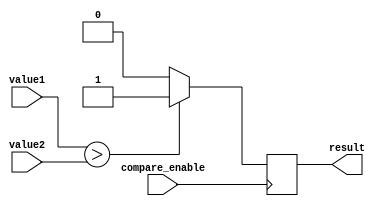
module greater_than_comparator (
    input [7:0] value1,
    input [7:0] value2,
    input compare_enable,
    output reg result
);

always @ (posedge compare_enable)
begin
    if (value1 > value2)
        result <= 1;
    else
        result <= 0;
end

endmodule